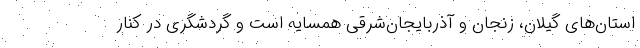
استان‌های گیلان، زنجان و آذربایجان‌شرقی همسایه است و گردشگری در کنار